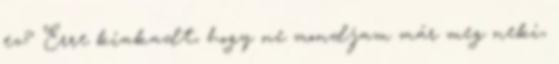
ez? Erre kiakadt, hogy ne mondjam már meg neki,